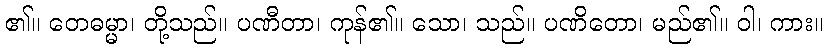
၏။ တေဓမ္မာ၊ တို့သည်။ ပဏီတာ၊ ကုန်၏။ သော၊ သည်။ ပဏိတော၊ မည်၏။ ဝါ၊ ကား။